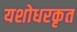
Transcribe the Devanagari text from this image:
यशोधरकृत